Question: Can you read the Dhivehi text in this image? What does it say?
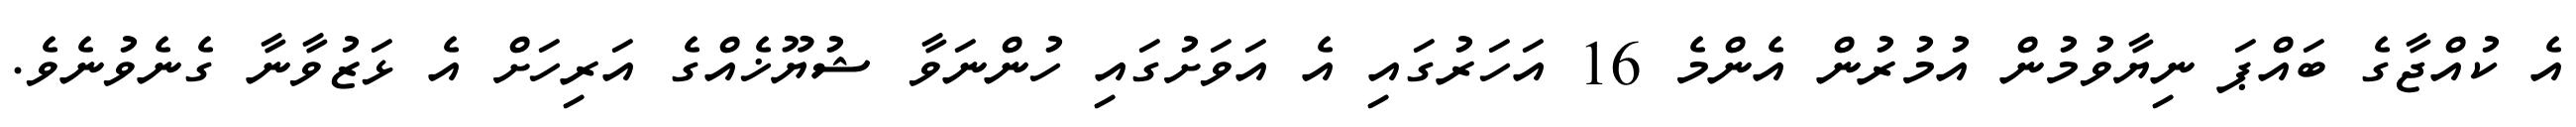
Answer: އެ ކުއްޖާގެ ބައްޕަ ނިޔާވުމުން އުމުރުން އެންމެ 16 އަހަރުގައި އެ އަވަށުގައި ހުންނަވާ ޝުޔޫޚެއްގެ އަރިހަށް އެ ޅަޒުވާނާ ގެނެވުނެވެ.